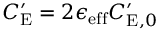
C _ { \mathrm { E } } ^ { \prime } = 2 \epsilon _ { \mathrm { e f f } } C _ { \mathrm { E } , 0 } ^ { \prime }